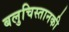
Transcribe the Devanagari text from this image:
बलुचिस्तानकी